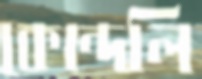
কোন্দলি